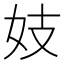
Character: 妓